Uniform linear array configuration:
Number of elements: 16
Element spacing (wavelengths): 0.25
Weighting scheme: hann
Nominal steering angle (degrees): -15
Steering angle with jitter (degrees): -13.047
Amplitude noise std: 0.05
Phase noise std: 0.05

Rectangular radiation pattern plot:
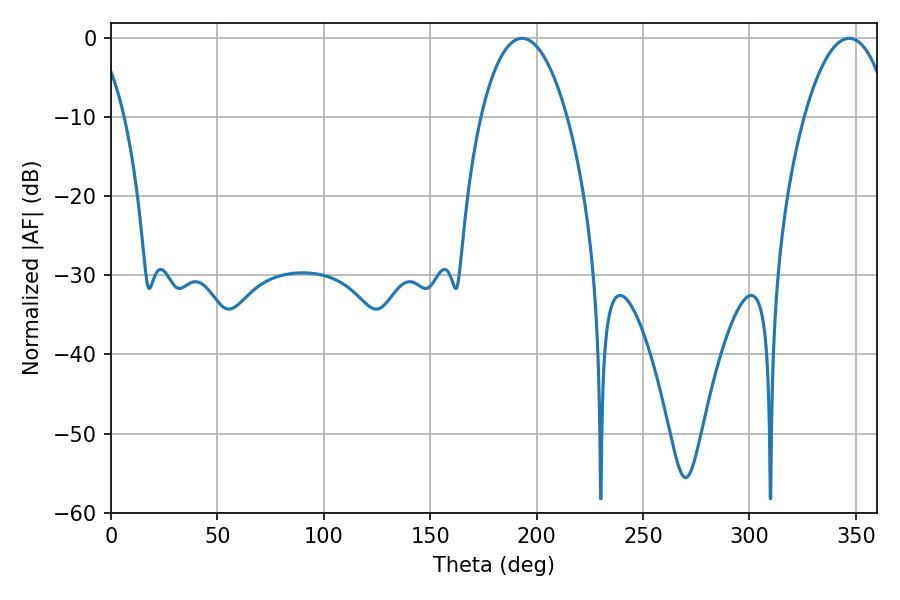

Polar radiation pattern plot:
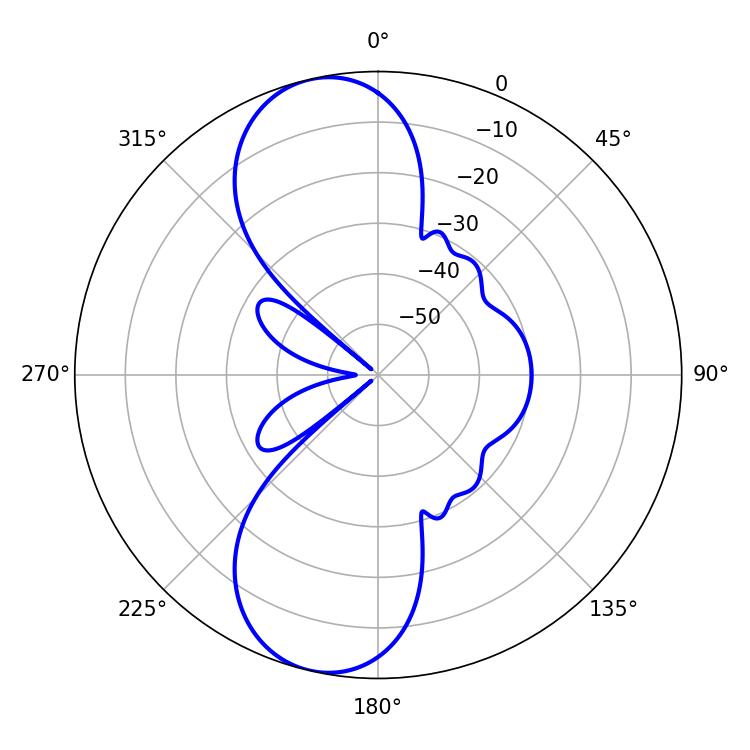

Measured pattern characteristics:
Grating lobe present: FALSE
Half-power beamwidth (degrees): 22.68
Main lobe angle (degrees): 193.14